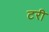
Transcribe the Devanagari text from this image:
टरी